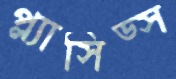
প্ল্যাসিড্স